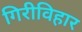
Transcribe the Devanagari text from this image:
गिरीविहार